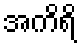
အကိရိ